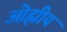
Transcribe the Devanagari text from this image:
ओह्मीय